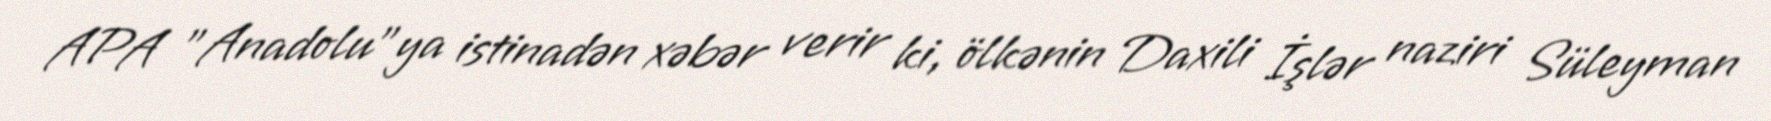
APA "Anadolu"ya istinadən xəbər verir ki, ölkənin Daxili İşlər naziri Süleyman